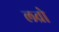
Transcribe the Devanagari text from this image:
लव्रो